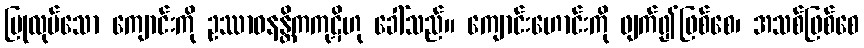
ပြုလုပ်သော ကျောင်းကို ဥဿာဝနန္တိကကုဋိဟု ခေါ်သည်။ ကျောင်းဟောင်းကို ဖျက်၍ဖြစ်စေ၊ အသစ်ဖြစ်စေ